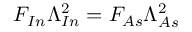
F _ { I n } \Lambda _ { I n } ^ { 2 } = F _ { A s } \Lambda _ { A s } ^ { 2 }